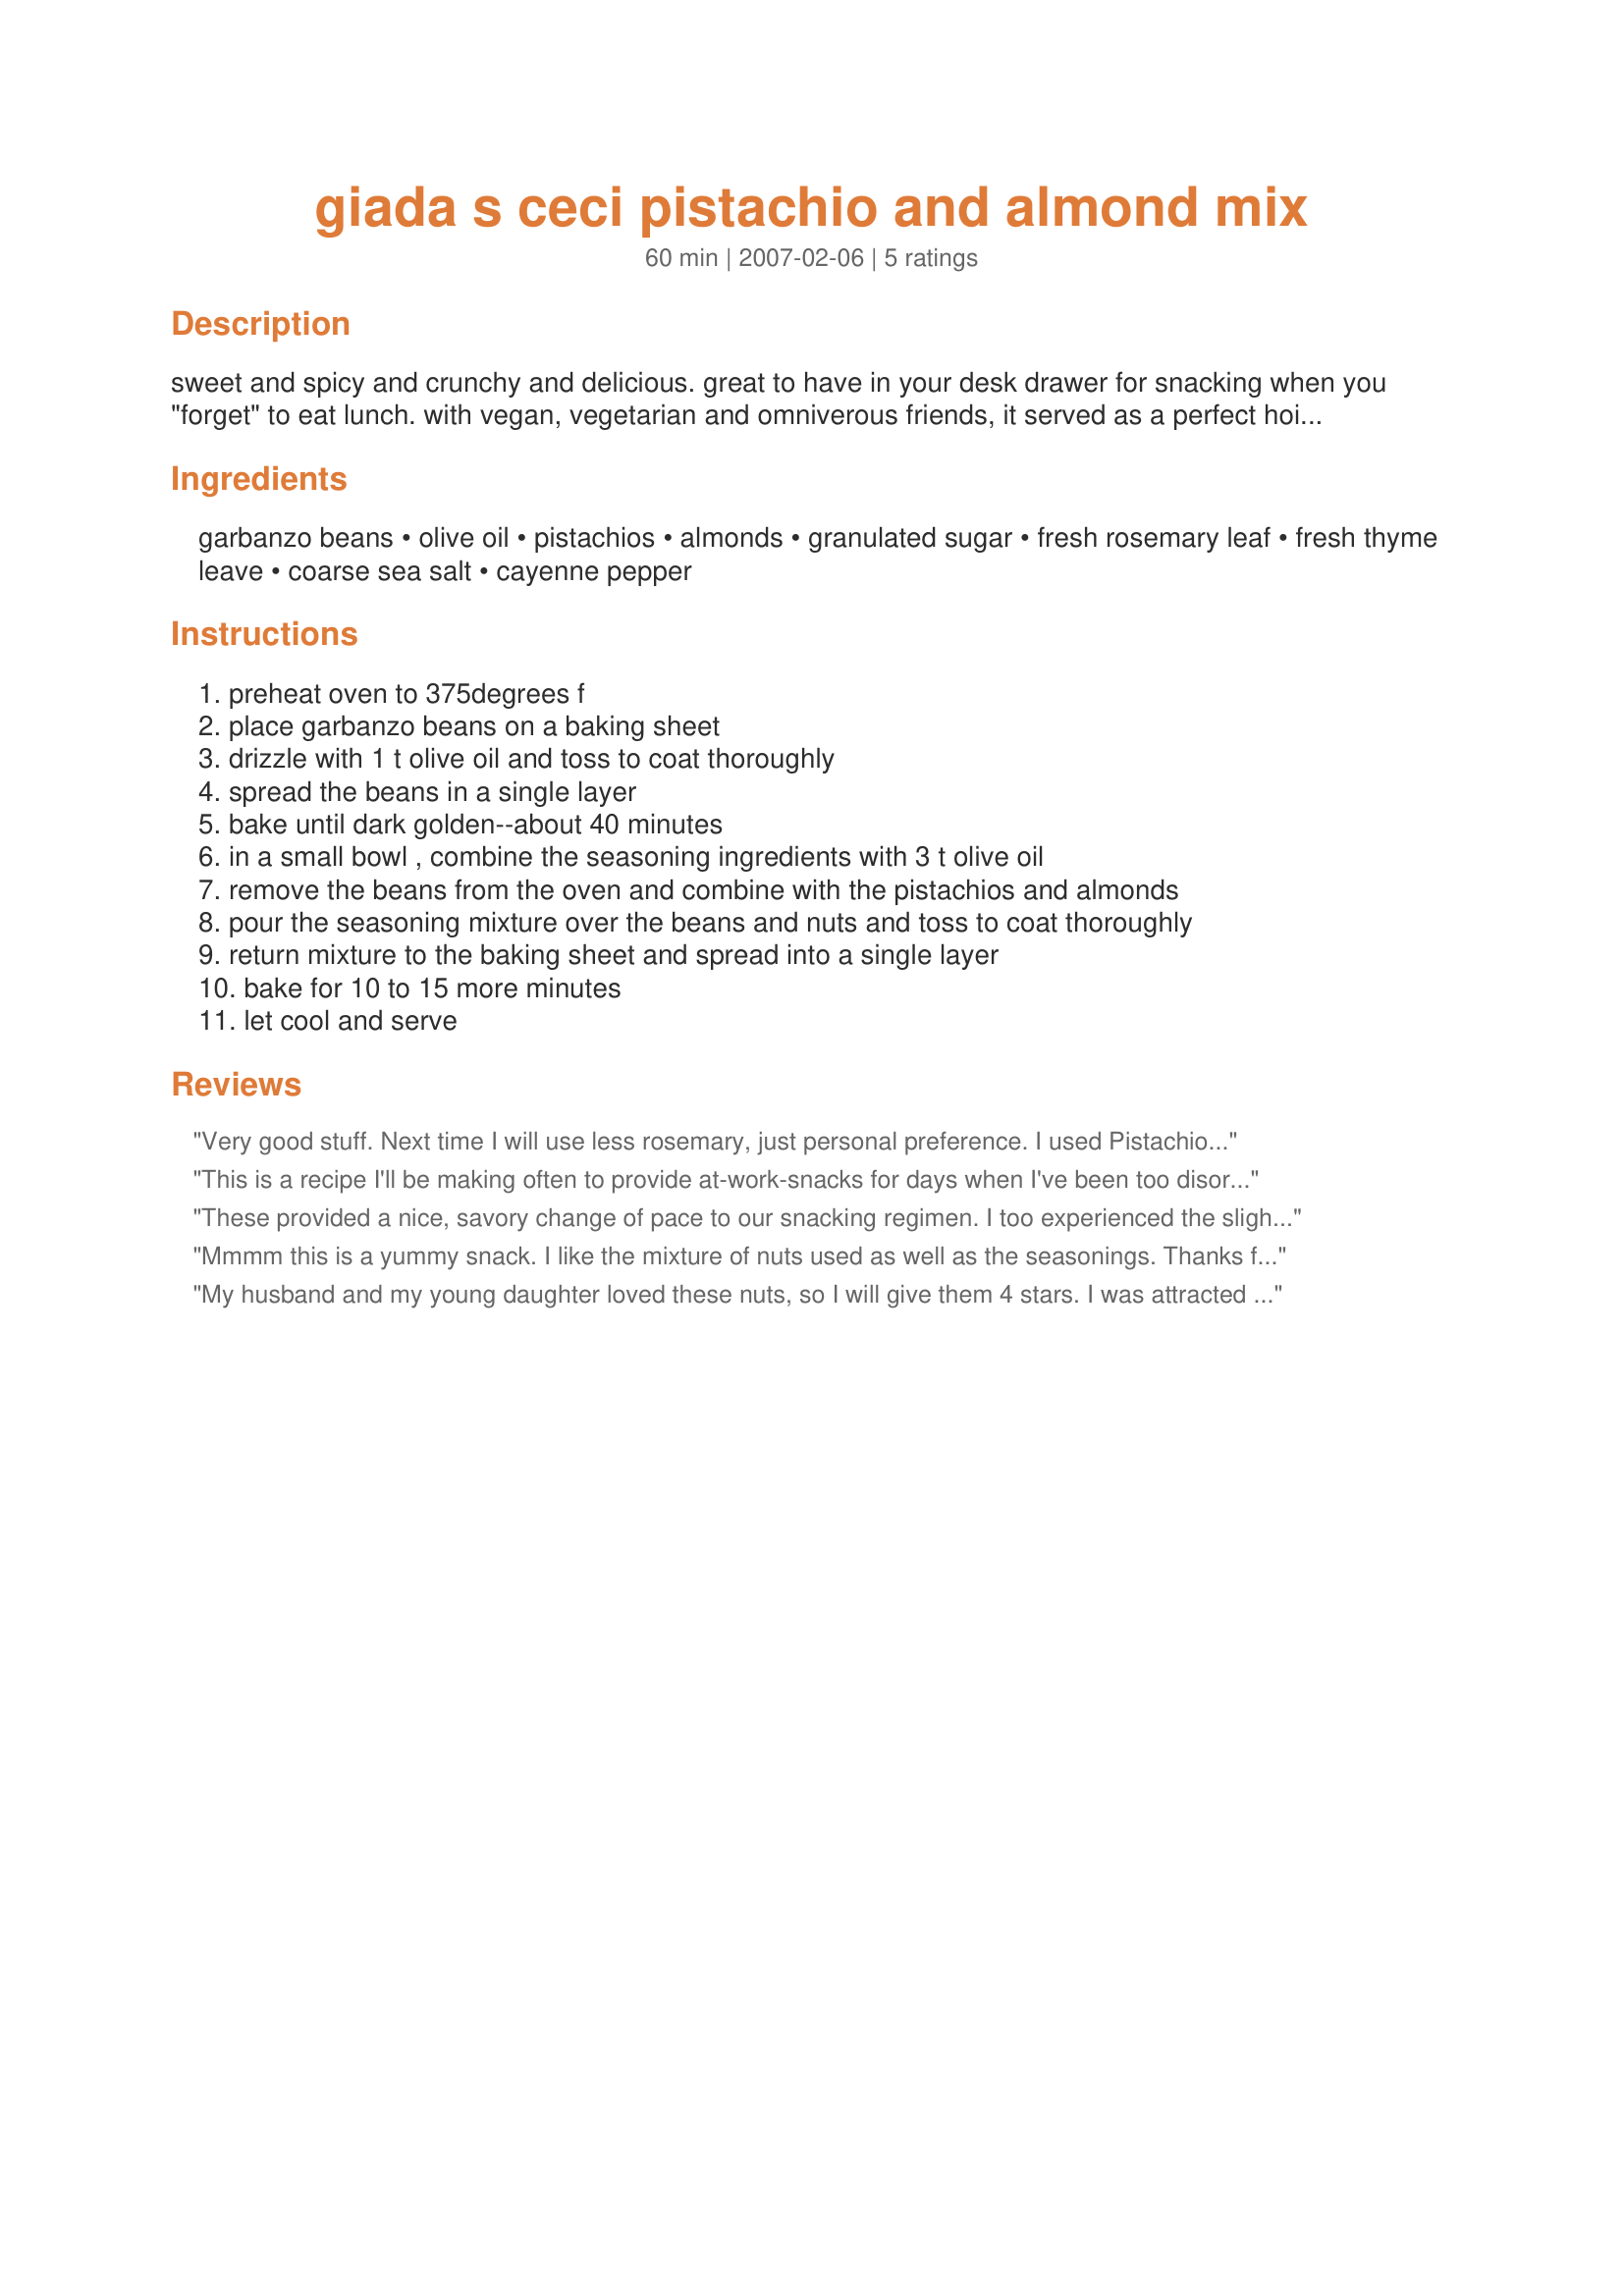
giada s ceci pistachio and almond mix
Preparation time: 60 minutes

sweet and spicy and crunchy and delicious. great to have in your desk drawer for snacking when you "forget" to eat lunch.
with vegan, vegetarian and omniverous friends, it served as a perfect hoiday gift. i must have made 3 quarts of it to give away...and that doesn't count the considerable amount i have consumed myself.
may use one pre-made recipe #205255 in place of the preparing the garbanzo beans as indicated below.

Ingredients:
garbanzo beans, olive oil, pistachios, almonds, granulated sugar, fresh rosemary leaf, fresh thyme leave, coarse sea salt, cayenne pepper

Steps:
preheat oven to 375degrees f, place garbanzo beans on a baking sheet, drizzle with 1 t olive oil and toss to coat thoroughly, spread the beans in a single layer, bake until dark golden--about 40 minutes, in a small bowl , combine the seasoning ingredients with 3 t olive oil, remove the beans from the oven and combine with the pistachios and almonds, pour the seasoning mixture over the beans and nuts and toss to coat thoroughly, return mixture to the baking sheet and spread into a single layer, bake for 10 to 15 more minutes, let cool and serve

Reviews:
Very good stuff. Next time I will use less rosemary, just personal preference. I used Pistachios, Almonds and Cashews with much success. Thanks!
This is a recipe I'll be making often to provide at-work-snacks for days when I've been too disorganised or exhausted to bring something suitable to eat. I was able to skip the first five steps as I have been buying regularly a product that this recipe has now replaced - cooked garbanza bean snacks. Problem was that they were somewhat bland! Except for omitting the cayenne pepper (I did add generous grindings of black pepper) - zero tolerance of anything hot and spicy - and using a rosemary and sage blend from a mini grinder instead of fresh rosemary, I followed the recipe exactly. LOVED the end result, and I will be experimenting more as I make these in future with different nut combinations. Thank you so much for posting this recipe! Made for PRMR.
These provided a nice, savory change of pace to our snacking regimen. I too experienced the slightly mushy ceci in the finshed product during my first run. During the second run, I turned on my oven's convection option. As that effectively adds 25 degees F to the temperature, someone without a convection oven can boost the heat by 25 degrees F. Just stay near the oven, as you'll need to check more often. My DH is already asking when I'm going to make another batch. Thanks for sharing!
Mmmm this is a yummy snack. I like the mixture of nuts used as well as the seasonings. Thanks for posting!
My husband and my young daughter loved these nuts, so I will give them 4 stars. I was attracted to the combination of sweet and savoury, but in the end, I liked them OK, but not a favorite. First, I want to say that these were pretty fast and easy to whip up! I did not have fresh herbs available, and used a rounded 1/4 t. of powdered rosemary and a scant t. of dried thyme, rubbed in my fingers. After sampling, I feel like these quantities were fine. However, I found them a bit bland - I think next time, I would increase the sugar and salt. One reason may be that a lot of the seasoning stuck to the mixing bowl and the baking pan. I also thought that they were a bit oily, and might use half or a little more of the 3T of oil next time. I used about 1/3 of (strong) EVOO and 2/3 canola. They smelled way too olivey when baking, but upon eating, the OO flavor was just right, and really complemented the other flavors. My other note is about the chick peas. I baked them 40 minutes, and they were a beautiful dark golden. In fact, they were pretty yummy - still a bit moist/chewy in the center. A bunch didn't make it into the recipe ;-) and I can't wait to make some plain with just a bit of salt. However, in the nut mix, I personally didn't care for the softer texture among the crunchy nuts. Now, all that said, my husband thought they were perfect as is, and is looking forward to bring some to work.
